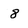
Character: 8